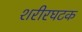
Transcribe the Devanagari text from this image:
शरीरघटक